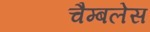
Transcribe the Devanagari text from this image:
चैम्बलेस